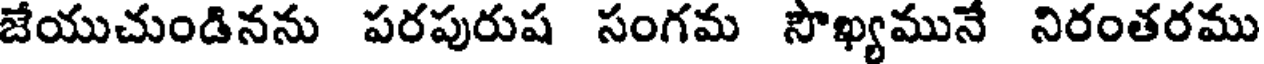
జేయుచుండినను పరపురుష సంగమ సౌఖ్యమునే నిరంతరము